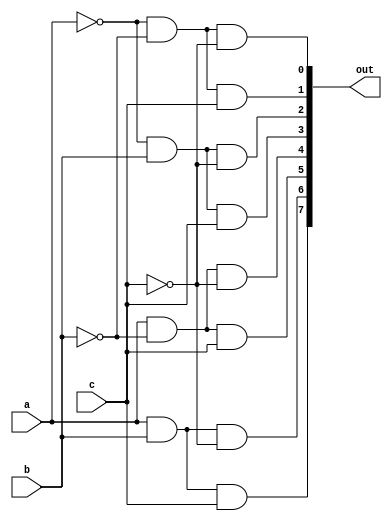
module decoder_3_8(a, b, c, out);
input a,b,c;
output [7:0] out ;

assign out [0] = (~a&~b&~c);
assign out [1] = (~a&~b&c);
assign out [2] = (~a&b&~c);
assign out [3] = (~a&b&c);
assign out [4] = (a&~b&~c);
assign out [5] = (a&~b&c);
assign out [6] = (a&b&~c);
assign out [7] = (a&b&c);

endmodule